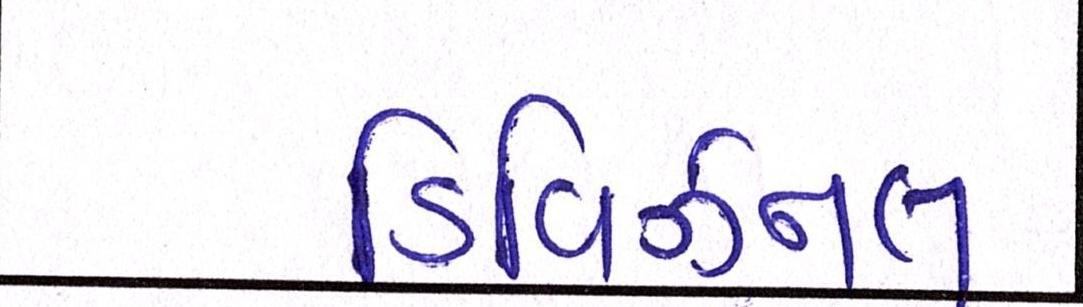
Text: ડિવિઝનલ